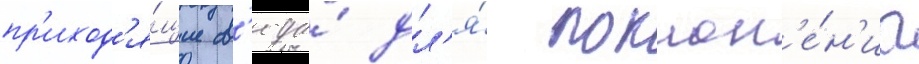
пр'иход'я́щие с'юда́ дл'я́ поклон'е́н'иа